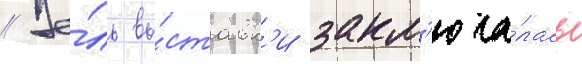
// Це́ль вы́ставк'и закл'юча́лась